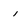
Character: I